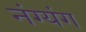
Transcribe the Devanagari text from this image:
नंग्यंग